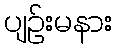
ပျဉ်းမနား